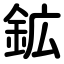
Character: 鉱